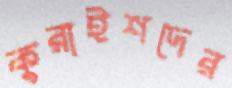
কুরাইশদের